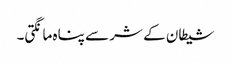
شیطان کے شر سے پناہ مانگتی۔